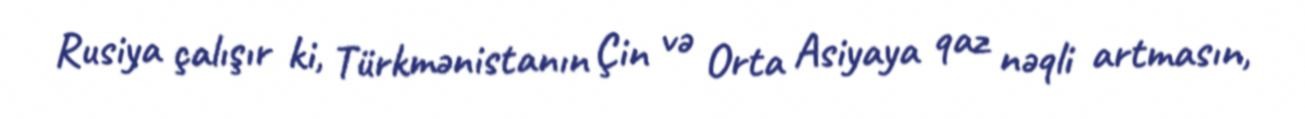
Rusiya çalışır ki, Türkmənistanın Çin və Orta Asiyaya qaz nəqli artmasın,